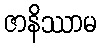
ဇာနိဿာမ